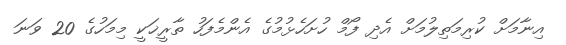
އިނާމަށް ކުރިމަތިލުމަށް އެދި ފޯމް ހުށަހެޅުމުގެ އެންމެފަހު ތާރީޚަކީ މިމަހުގެ 20 ވަނަ